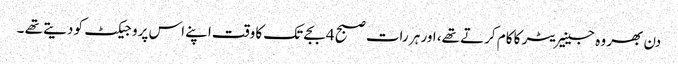
دن بھر وہ جینیریٹر کا کام کرتے تھے، اور ہر رات صبح 4 بجے تک کا وقت اپنے اس پروجیکٹ کو دیتے تھے ۔